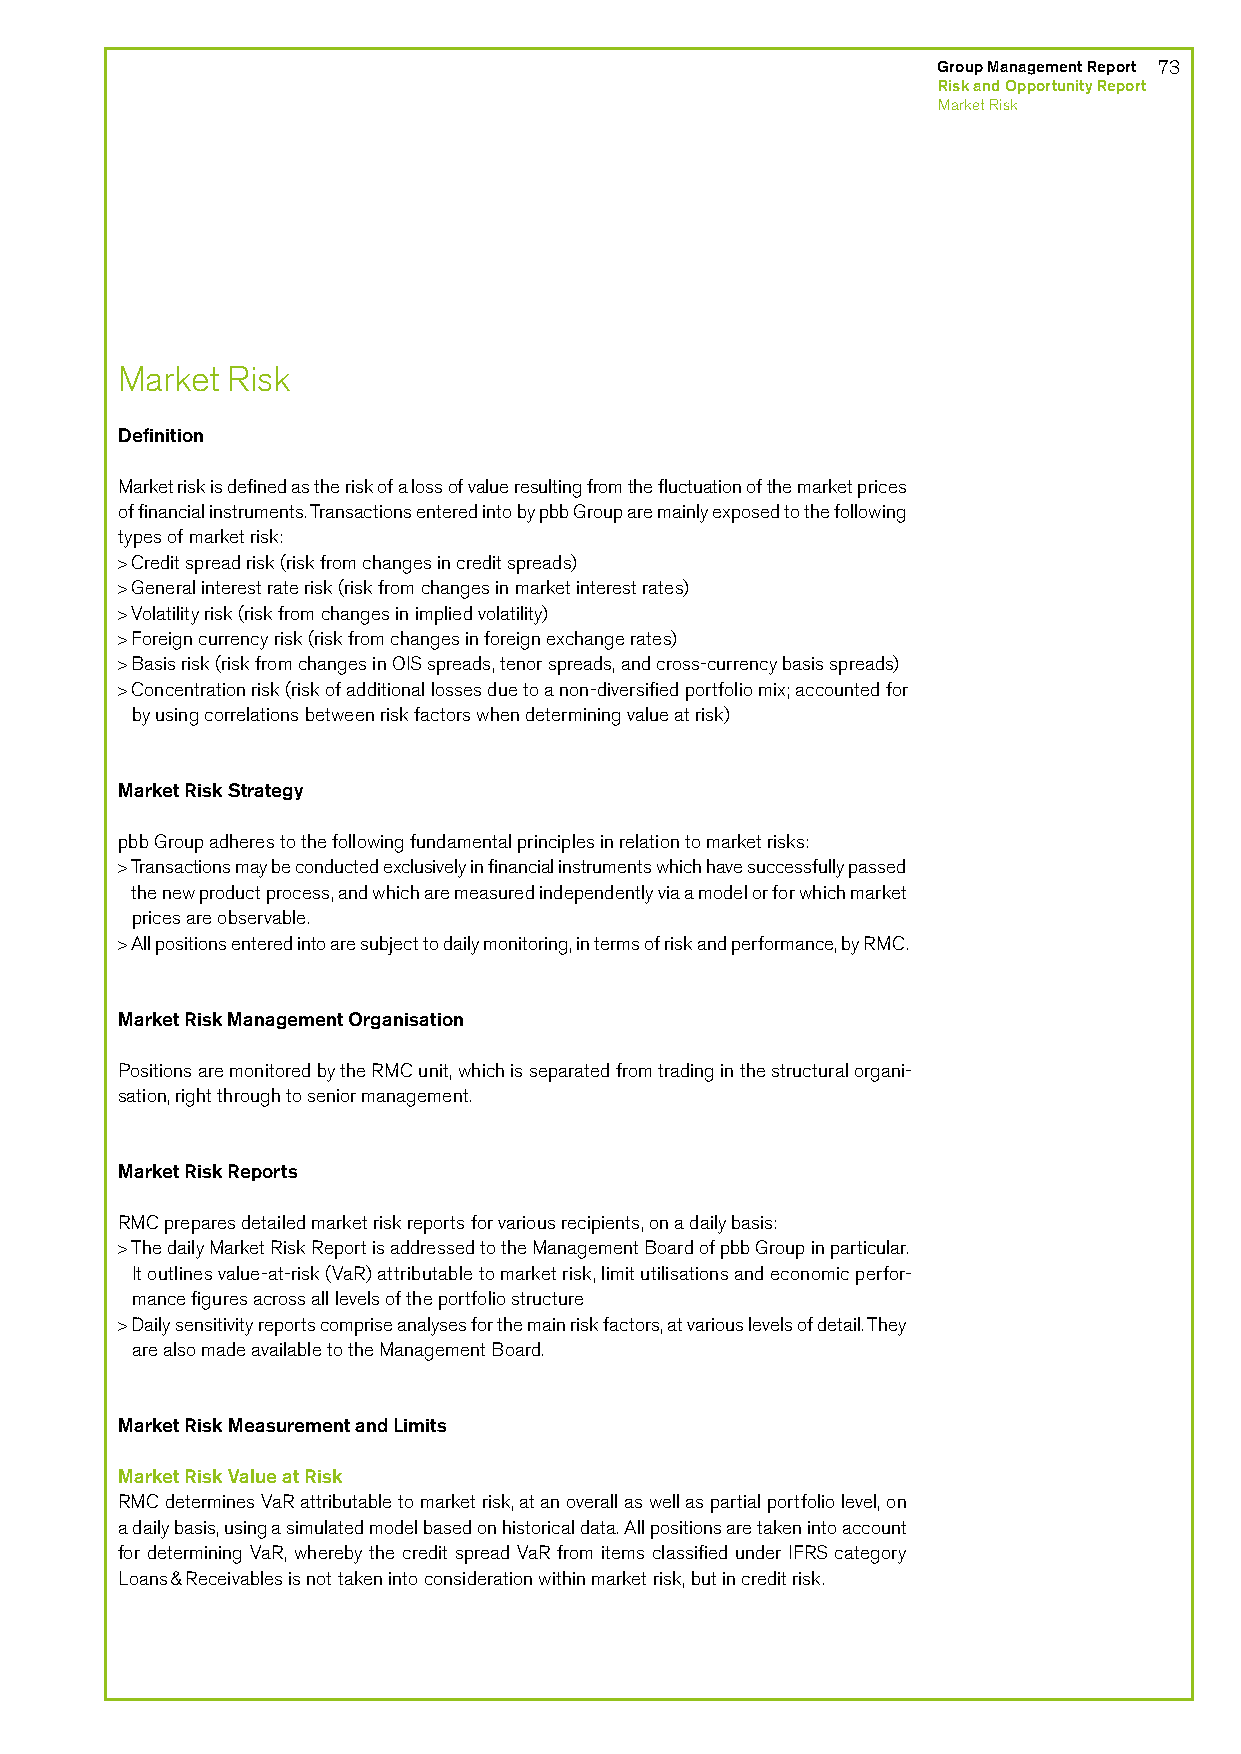
Group Management Report 73
 Risk and Opportunity Report
 Market Risk
 Market Risk
 Definition
 Market risk is defined as the risk of a loss of value resulting from the fluctuation of the market prices
 of financial instruments. Transactions entered into by pbb Group are mainly exposed to the following
 types of market risk:
 > Credit spread risk (risk from changes in credit spreads)
 > General interest rate risk (risk from changes in market interest rates)
 > Volatility risk (risk from changes in implied volatility)
 > Foreign currency risk (risk from changes in foreign exchange rates)
 > Basis risk (risk from changes in OIS spreads, tenor spreads, and cross-currency basis spreads)
 > Concentration risk (risk of additional losses due to a non-diversified portfolio mix; accounted for
 by using correlations between risk factors when determining value at risk)
 Market Risk Strategy
 pbb Group adheres to the following fundamental principles in relation to market risks:
 > Transactions may be conducted exclusively in financial instruments which have successfully passed
 the new product process, and which are measured independently via a model or for which market
 prices are observable.
 > All positions entered into are subject to daily monitoring, in terms of risk and performance, by RMC.
 Market Risk Management Organisation
 Positions are monitored by the RMC unit, which is separated from trading in the structural organi-
 sation, right through to senior management.
 Market Risk Reports
 RMC prepares detailed market risk reports for various recipients, on a daily basis:
 > The daily Market Risk Report is addressed to the Management Board of pbb Group in particular.
 It outlines value-at-risk (VaR) attributable to market risk, limit utilisations and economic perfor-
 mance figures across all levels of the portfolio structure
 > Daily sensitivity reports comprise analyses for the main risk factors, at various levels of detail. They
 are also made available to the Management Board.
 Market Risk Measurement and Limits
 Market Risk Value at Risk
 RMC determines VaR attributable to market risk, at an overall as well as partial portfolio level, on
 a daily basis, using a simulated model based on historical data. All positions are taken into account
 for determining VaR, whereby the credit spread VaR from items classified under IFRS category
 Loans & Receivables is not taken into consideration within market risk, but in credit risk.